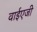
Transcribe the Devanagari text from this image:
वाईएजी